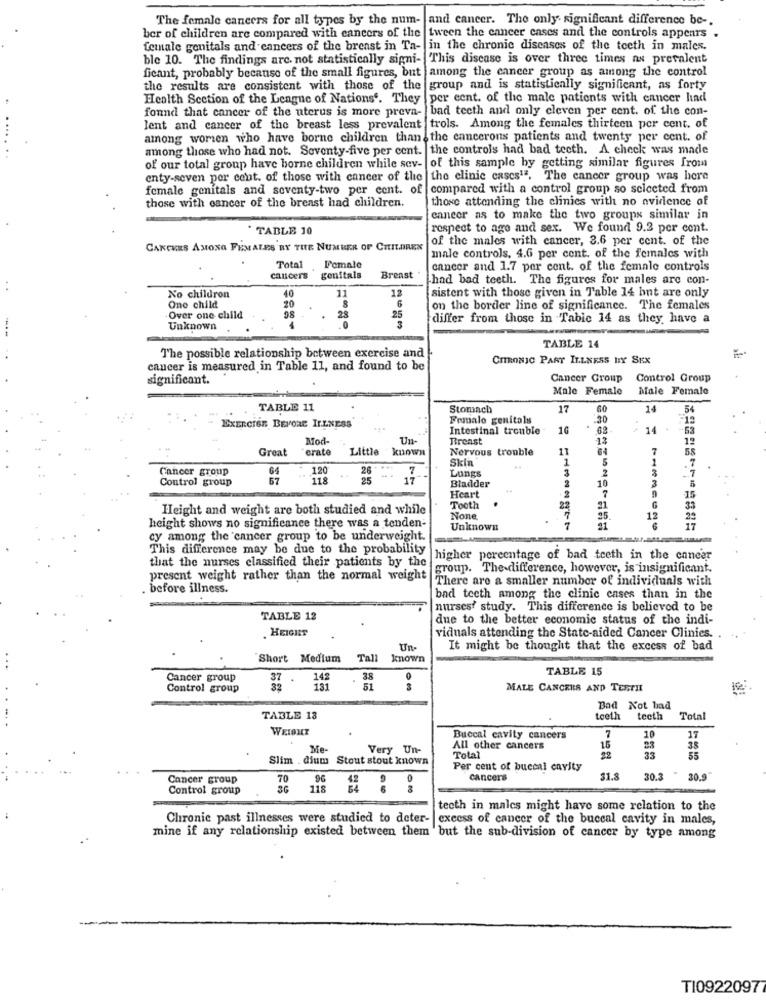
The female cancers for all types by the num-
and cancer. The only significant difference be -.
ber of children are compared with cancers of the tween the cancer cases and the controls appenrs .
female genitals and cancers of the breast in Ta- in the chronic diseases of the teeth in males.
ble 10. The findings are not statistically signi- This disease is over three times as prevalent
ficant, probably because of the small figures, but among the cancer group as among the control
the results are consistent with those of the
group and is statistically significant, as forty
Health Section of the League of Nations'. They per cent. of the male patients with cancer hind
found that cancer of the uterus is more preva-
bad teeth and only cleven per cent. of the con-
lent and cancer of the breast less prevalent trols. Among the females thirteen per cent. of
among worten who have borne children thans the eancerons patients and twenty per cent. of
among those who had not. Seventy-five per cent. the controls had bad teeth. A check was made
of our total group have borne children while sev- of this sample by getting similar figures from
enty-seven per cent. of those with cancer of the the clinic cases1". The cancer group was here
female genitals and seventy-two per cent. of compared with a control group so selected from
those attending the clinics with no evidence of
those with cancer of the breast had children.
cancer as to make the two groups similar in
. TABLE 10
respect to ago and sex. We found 9.2 per cent.
of the males with cancer, 3.6 per cent. of the
CANCERS AMONG FEMALES BY THE NUMBER OF CHILDREN
male controls. 4.6 per cent. of the females with
Total
Female
cancer and 1.7 per cent. of the female controls
CANCers
genitals
Breast "
had bad teeth. The figures for males are con-
No childron
11
12
20
40
sistent with those given in Table 14 hnt are only
One child
8
on the border line of significance. The females
Over one child
98
28
.0
25
differ from those in Table 14 as they have a
Unknown
3
TABLE 14
The possible relationship between exercise and
CITRONIC PARY ILLNESS DY SEX
cancer is measured in Table 11, and found to be
significant.
Cancer Group
Control Group
Male Female
Male Female
TABLE 11
Stomach
17
14
54
Female genitalss
.30
12
EXERCISE BEFORE Ir.LNESS
Intestinal trouble
16
62
14
-53
Mod-
Un-
Breast
13
12
Great
erate
Little
known
Nervous trouble
11
64
7
58
Skin
1
Cancer group
64
120
26
7
Lungs
3
5
2
Control group
67
118
25
17
Bladder
16
Heart
.2
7
15
Height and weight are both studied and while
Tooth
23
21
33
25
1
29
height shows no significance there was a tenden-
Unknown
7
41
cy among the cancer group to be underweight.
-
This difference may be due to the probability
that the nurses classified their patients by the
higher percentage of bad teeth in the caneer
group. The difference, however, is insignificant.
present weight rather than the normal weight
There are a smaller number of individuals with
before illness.
bad teeth among the clinic cases than in the
nurses? study. This difference is believed to be
TABLE 12
due to the better economic status of the indi-
. HEIGHT
viduals attending the State-aided Cancer Clinics. .
Un-
It might be thought that the excess of bad
Short
Medium
Tal
known
TABLE 15
Cancer group
37 .
38
Control group
32
131
51
MALE CANCERS AND TERTHE
Bad Not bad
TABLE 13
teeth
teeth
Total
WEIONE
7
Buccal cavity cancers
10
17
Me-
Very Un-
All other cancers
15
23
38
Slim . dium Stout stout known
Total
22
Per cent of buccal cavity
Cancer group
70
96
0
cancers
$1.8
30.3
30.9
Control group
3G
118
teeth in males might have some relation to the
Chronic past illnesses were studied to deter- excess of cancer of the buccal cavity in males,
mine if any relationship existed between them but the sub-division of cancer by type among
TI0922097